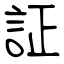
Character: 証